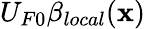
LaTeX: U_{F0}\beta_{local}(\mathbf{x})